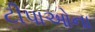
ટીપાઓના